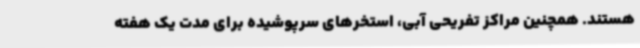
هستند. همچنین مراکز تفریحی آبی، استخرهای سرپوشیده برای مدت یک هفته